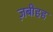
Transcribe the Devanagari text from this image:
ज़बीहह